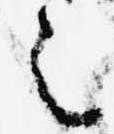
之